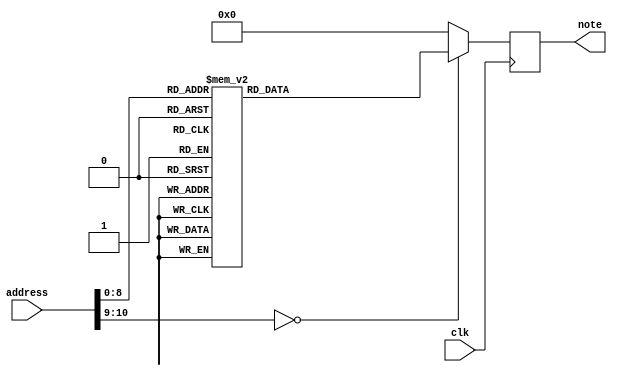
`timescale 1ns / 1ps
//////////////////////////////////////////////////////////////////////////////////
// Company: 
// Engineer: 
// 
// Design Name: 
// Module Name:    rom 
// Project Name: 
// Target Devices: 
// Tool versions: 
// Description: 
//
// Dependencies: 
//
// Revision: 
// Revision 0.01 - File Created
// Additional Comments: 
//
//////////////////////////////////////////////////////////////////////////////////
module ROM1(
	input clk,
	input [10:0] address,
	output reg [10:0] note
);

always @(posedge clk)
case(address)
    //B
    0:note <= 34;
    1:note <= 34;
    2:note <= 34;
    3:note <= 34;
    //E
    4:note <= 39;
    5:note <= 39;
    6:note <= 39;
    7:note <= 39;
    8:note <= 39;
    9:note <= 39;
    //G
    10:note <= 42;
    11:note <= 42;
    //F#
    12:note <= 41;
    13:note <= 41;
    14:note <= 41;
    15:note <= 41;
    //E
    16:note <= 39;
    17:note <= 39;
    18:note <= 39;
    19:note <= 39;
    20:note <= 39;
    21:note <= 39;
    22:note <= 39;
    23:note <= 39;
    //B
    24:note <= 46;
    25:note <= 46;
    26:note <= 46;
    27:note <= 46;
    //A
    28:note <= 44;
    29:note <= 44;
    30:note <= 44;
    31:note <= 44;
    32:note <= 44;
    33:note <= 44;
    34:note <= 44;
    35:note <= 44;
    36:note <= 44;
    37:note <= 44;
    38:note <= 44;
    39:note <= 44;
    //F#
    40:note <= 41;
    41:note <= 41;
    42:note <= 41;
    43:note <= 41;
    44:note <= 41;
    45:note <= 41;
    46:note <= 41;
    47:note <= 41;
    48:note <= 41;
    49:note <= 41;
    50:note <= 41;
    51:note <= 41;
    //E
    52:note <= 39;
    53:note <= 39;
    54:note <= 39;
    55:note <= 39;
    56:note <= 39;
    57:note <= 39;
    //G
    58:note <= 42;
    59:note <= 42;
    //F#
    60:note <= 41;
    61:note <= 41;
    62:note <= 41;
    63:note <= 41;
    //Eb
    64:note <= 38;
    65:note <= 38;
    66:note <= 38;
    67:note <= 38;
    68:note <= 38;
    69:note <= 38;
    70:note <= 38;
    71:note <= 38;
    //F
    72:note <= 40;
    73:note <= 40;
    74:note <= 40;
    75:note <= 40;
    //B
    76:note <= 34;
    77:note <= 34;
    78:note <= 34;
    79:note <= 34;
    80:note <= 34;
    81:note <= 34;
    82:note <= 34;
    83:note <= 34;
    84:note <= 34;
    85:note <= 34;
    86:note <= 34;
    87:note <= 34;
    //START OF PHRASE 2
    88:note <= 0;
    89:note <= 0;
    //B
    90:note <= 34;
    91:note <= 34;
    92:note <= 34;
    93:note <= 34;
    //E
    94:note <= 39;
    95:note <= 39;
    96:note <= 39;
    97:note <= 39;
    98:note <= 39;
    99:note <= 39;
    //G
    100:note <= 42;
    101:note <= 42;
    //F#
    102:note <= 41;
    103:note <= 41;
    104:note <= 41;
    105:note <= 41;
    //E
    106:note <= 39;
    107:note <= 39;
    108:note <= 39;
    109:note <= 39;
    110:note <= 39;
    111:note <= 39;
    112:note <= 39;
    113:note <= 39;
    //B
    114:note <= 46;
    115:note <= 46;
    116:note <= 46;
    117:note <= 46;
    //D
    118:note <= 49;
    119:note <= 49;
    120:note <= 49;
    121:note <= 49;
    122:note <= 49;
    123:note <= 49;
    124:note <= 49;
    125:note <= 49;
    //Db
    126:note <= 48;
    127:note <= 48;
    128:note <= 48;
    129:note <= 48;
    //C
    131:note <= 47;
    132:note <= 47;
    133:note <= 47;
    134:note <= 47;
    135:note <= 47;
    136:note <= 47;
    137:note <= 47;
    138:note <= 47;
    //Ab
    139:note <= 43;
    140:note <= 43;
    141:note <= 43;
    142:note <= 43;
    //C
    143:note <= 47;
    144:note <= 47;
    145:note <= 47;
    146:note <= 47;
    147:note <= 47;
    148:note <= 47;
    //B
    149:note <= 46;
    150:note <= 46;
    //Bb
    151:note <= 45;
    152:note <= 45;
    153:note <= 45;
    154:note <= 45;
    //Bb
    155:note <= 34;
    156:note <= 34;
    157:note <= 34;
    158:note <= 34;
    159:note <= 34;
    160:note <= 34;
    161:note <= 34;
    162:note <= 34;
    //G
    163:note <= 42;
    164:note <= 42;
    165:note <= 42;
    166:note <= 42;
    //E
    167:note <= 39;
    168:note <= 39;
    169:note <= 39;
    170:note <= 39;
    171:note <= 39;
    172:note <= 39;
    173:note <= 39;
    174:note <= 39;
    //START OF PHRASE 3
    //G
    175:note <= 42;
    176:note <= 42;
    177:note <= 42;
    178:note <= 42;
    //B
    179:note <= 46;
    180:note <= 46;
    181:note <= 46;
    182:note <= 46;
    183:note <= 46;
    184:note <= 46;
    185:note <= 46;
    186:note <= 46;
    //G
    187:note <= 42;
    188:note <= 42;
    189:note <= 42;
    190:note <= 42;
    //B
    191:note <= 46;
    192:note <= 46;
    193:note <= 46;
    194:note <= 46;
    195:note <= 46;
    196:note <= 46;
    197:note <= 46;
    198:note <= 46;
    //G
    199:note <= 42;
    200:note <= 42;
    201:note <= 42;
    202:note <= 42;
    //C
    203:note <= 47;
    204:note <= 47;
    205:note <= 47;
    206:note <= 47;
    207:note <= 47;
    208:note <= 47;
    209:note <= 47;
    210:note <= 47;
    //B
    211:note <= 46;
    212:note <= 46;
    213:note <= 46;
    214:note <= 46;
    //Bb
    215:note <= 45;
    216:note <= 45;
    217:note <= 45;
    218:note <= 45;
    219:note <= 45;
    220:note <= 45;
    221:note <= 45;
    222:note <= 45;
    //Gb
    223:note <= 41;
    224:note <= 41;
    225:note <= 41;
    226:note <= 41;
    //G
    227:note <= 42;
    228:note <= 42;
    229:note <= 42;
    230:note <= 42;
    231:note <= 42;
    232:note <= 42;
    //B
    233:note <= 46;
    234:note <= 46;
    //Bb
    235:note <= 45;
    236:note <= 45;
    //Bb
    237:note <= 33;
    238:note <= 33;
    239:note <= 33;
    240:note <= 33;
    //B
    241:note <= 34;
    242:note <= 34;
    243:note <= 34;
    244:note <= 34;
    //B
    245:note <= 46;
    246:note <= 46;
    247:note <= 46;
    248:note <= 46;
    249:note <= 46;
    250:note <= 46;
    251:note <= 46;
    252:note <= 46;
    253:note <= 46;
    254:note <= 46;
    255:note <= 46;
    256:note <= 46;
    257:note <= 46;
    258:note <= 46;
    259:note <= 46;
    260:note <= 46;
    261:note <= 46;
    262:note <= 46;
    263:note <= 46;
    264:note <= 46;
    //START OF PHRASE 4
    //G
    265:note <= 42;
    266:note <= 42;
    267:note <= 42;
    268:note <= 42;
    //B
    269:note <= 46;
    270:note <= 46;
    271:note <= 46;
    272:note <= 46;
    273:note <= 46;
    274:note <= 46;
    275:note <= 46;
    276:note <= 46;
    //G
    277:note <= 42;
    278:note <= 42;
    279:note <= 42;
    280:note <= 42;
    //B
    281:note <= 46;
    282:note <= 46;
    283:note <= 46;
    284:note <= 46;
    285:note <= 46;
    286:note <= 46;
    287:note <= 46;
    288:note <= 46;
    //G
    289:note <= 42;
    290:note <= 42;
    291:note <= 42;
    292:note <= 42;
    //D
    293:note <= 49;
    294:note <= 49;
    295:note <= 49;
    296:note <= 49;
    297:note <= 49;
    298:note <= 49;
    299:note <= 49;
    300:note <= 49; 
    //Db
    301:note <= 48;
    302:note <= 48;
    303:note <= 48;
    304:note <= 48; 
    //C
    305:note <= 47;
    306:note <= 47;
    307:note <= 47;
    308:note <= 47;
    309:note <= 47;
    310:note <= 47;
    311:note <= 47;
    312:note <= 47;
    //Ab
    313:note <= 43;
    314:note <= 43;
    315:note <= 43;
    316:note <= 43;
    //C
    317:note <= 47;
    318:note <= 47;
    319:note <= 47;
    320:note <= 47;
    321:note <= 47;
    322:note <= 47;
    //B
    323:note <= 46;
    324:note <= 46;
    //Bb
    325:note <= 45;
    326:note <= 45;
    327:note <= 45;
    328:note <= 45;
    //Bb
    329:note <= 33;
    330:note <= 33;
    331:note <= 33;
    332:note <= 33;
    333:note <= 33;
    334:note <= 33;
    335:note <= 33;
    336:note <= 33;
    //G
    337:note <= 42;
    338:note <= 42;
    339:note <= 42;
    340:note <= 42;
    //E
    341:note <= 39;
    342:note <= 39;
    343:note <= 39;
    344:note <= 39;
    345:note <= 39;
    346:note <= 39;
    347:note <= 39;
    348:note <= 39;
    349:note <= 39;
    350:note <= 39;
    351:note <= 39;
    352:note <= 39;
    353:note <= 39;
    354:note <= 39;
    355:note <= 39;
    356:note <= 39;
    357:note <= 39;
    358:note <= 39;
    359:note <= 39;
    360:note <= 39;
    361:note <= 39;
    362:note <= 39;
    363:note <= 39;
    364:note <= 39;
	default: note <= 8'd0;
endcase
endmodule

module ROM2(
	input clk,
	input [10:0] address,
	output reg [10:0] note
);

always @(posedge clk)
case(address)
    //A 44
    0:note <= 44;
    1:note <= 44;
    2:note <= 44;
    3:note <= 44;
    //G 42
    4:note <= 42;
    5:note <= 42;
    6:note <= 42;
    7:note <= 42;
    //F# 41
    8:note <= 41;
    9:note <= 41;
    10:note <= 41; 
    11:note <= 41;
    12:note <= 41;
    13:note <= 41;
    14:note <= 41; 
    15:note <= 41;
    //E 39
    16:note <= 39;
    17:note <= 39;
    //F# 41
    18:note <= 41;
    19:note <= 41;
    20:note <= 41;
    21:note <= 41;
    //E 39
    22:note <= 39;
    //C# 36
    23:note <= 36;
    //D 37
    24:note <= 37;
    25:note <= 37;
    //A 32
    26:note <= 32;
    27:note <= 32;
    //quarternote rest
    28:note<= 0;
    29:note<= 0;
    30:note<= 0;
    31:note<= 0;
    //A 44
    32:note <= 44;
    33:note <= 44;
    34:note <= 44;
    35:note <= 44;
    //G 42
    36:note <= 42;
    37:note <= 42;
    38:note <= 42;
    39:note <= 42;
    //F# 41
    40:note <= 41;
    41:note <= 41;
    42:note <= 41;
    43:note <= 41;
    44:note <= 41;
    45:note <= 41;
    46:note <= 41;
    47:note <= 41;
    //E 39
    48:note <= 39;
    49:note <= 39;
    //F# 41
    50:note <= 41;
    51:note <= 41;
    52:note <= 41;
    53:note <= 41;
    //E 39
    54:note <= 39;
    //C# 36
    55:note <= 36;
    //D 37
    56:note <= 37;
    57:note <= 37;
    58:note <= 37;
    59:note <= 37;
    //quarternote rest
    //FIRST ENDING
    //B 46
    60:note <= 46;
    61:note <= 46;
    62:note <= 46;
    63:note <= 46;
    //A 44
    64:note <= 44;
    65:note <= 44;
    66:note <= 44;
    67:note <= 44;
    //G 42
    68:note <= 42;
    69:note <= 42;
    70:note <= 42;
    71:note <= 42;
    72:note <= 42;
    73:note <= 42;
    74:note <= 42;
    75:note <= 42;
    //A 44
    76:note <= 44;
    77:note <= 44;
    //D 49
    78:note <= 49;
    79:note <= 49;
    //A 44
    80:note <= 44;
    81:note <= 44;
    //D 37
    82:note <= 37;
    83:note <= 37;
    //F# 41
    84:note <= 41;
    85:note <= 41;
    86:note <= 41;
    87:note <= 41;
    //E 39
    88:note <= 39;
    89:note <= 39;
    90:note <= 39;
    91:note <= 39;
    //A 44
    92:note <= 44;
    93:note <= 44;
    94:note <= 44;
    95:note <= 44;
    //eight note rest
    96:note <= 0;
    97:note <= 0;
    //G 42
    98:note <= 42;
    99:note <= 42;
    //F# 41
    100:note <= 41;
    101:note <= 41;
    102:note <= 41;
    103:note <= 41;
    //D 37
    104:note <= 37;
    105:note <= 37;
    106:note <= 37;
    107:note <= 37;
    //E 39
    108:note <= 39;
    109:note <= 39;
    110:note <= 39;
    111:note <= 39;
    112:note <= 39;
    113:note <= 39;
    114:note <= 39;
    115:note <= 39;
    116:note <= 39;
    117:note <= 39;
    118:note <= 39;
    119:note <= 39;
    //quarter note rest
    120:note <= 0;
    121:note <= 0;
    122:note <= 0;
    123:note <= 0;
    //FIRST REPEAT
    //A 44
    124:note <= 44;
    125:note <= 44;
    126:note <= 44;
    127:note <= 44;
    //G 42
    128:note <= 42;
    129:note <= 42;
    130:note <= 42;
    131:note <= 42;
    //F# 41
    132:note <= 41;
    133:note <= 41;
    134:note <= 41; 
    135:note <= 41;
    136:note <= 41;
    137:note <= 41;
    138:note <= 41; 
    139:note <= 41;
    //E 39
    140:note <= 39;
    141:note <= 39;
    //F# 41
    142:note <= 41;
    143:note <= 41;
    144:note <= 41;
    145:note <= 41;
    //E 39
    146:note <= 39;
    //C# 36
    147:note <= 36;
    //D 37
    148:note <= 37;
    149:note <= 37;
    //A 32
    150:note <= 32;
    151:note <= 32;
    //quarter note rest
    152: note <= 0;    
    153: note <= 0;
    154: note <= 0;
    155: note <= 0;
    //A 44
    156:note <= 44;
    157:note <= 44;
    158:note <= 44;
    159:note <= 44;
    //G 42
    160:note <= 42;
    161:note <= 42;
    162:note <= 42;
    163:note <= 42;
    //F# 41
    164:note <= 41;
    165:note <= 41;
    166:note <= 41;
    167:note <= 41;
    168:note <= 41;
    169:note <= 41;
    170:note <= 41;
    171:note <= 41;
    //E 39
    172:note <= 39;
    173:note <= 39;
    //F# 41
    174:note <= 41;
    175:note <= 41;
    176:note <= 41;
    177:note <= 41;
    //E 39
    178:note <= 39;
    //C# 36
    179:note <= 36;
    //D 37
    180:note <= 37;
    181:note <= 37;
    182:note <= 37;
    183:note <= 37;
    //SECOND ENDING
    //B 46
    184:note <= 46;
    185:note <= 46;
    186:note <= 46;
    187:note <= 46;
    //A 44
    188:note <= 44;
    189:note <= 44;
    190:note <= 44;
    191:note <= 44;
    //G
    192:note <= 42;
    193:note <= 42;
    194:note <= 42;
    195:note <= 42;
    //eight note rest
    196:note <= 0;
    197:note <= 0;
    //D 37
    198:note <= 37;
    199:note <= 37;
    //C# 48
    200:note <= 48;
    201:note <= 48;
    202:note <= 48;
    203:note <= 48;
    //B 46
    204:note <= 46;
    205:note <= 46;
    206:note <= 46;
    207:note <= 46;
    //A 44
    208:note <= 44;
    209:note <= 44;
    210:note <= 44;
    211:note <= 44;
    //D 37
    212:note <= 37;
    213:note <= 37;
    //D 49
    214:note <= 49;
    215:note <= 49;
    216:note <= 49;
    217:note <= 49;
    218:note <= 49;
    219:note <= 49;
    //C# 48
    220:note <= 48;
    221:note <= 48;
    //B 46
    222:note <= 46;
    223:note <= 46;
    224:note <= 46;
    225:note <= 46;   
    226:note <= 46;
    227:note <= 46;
    //F# 41
    228:note <= 41;
    229:note <= 41;
    //A
    230:note <= 44;
    231:note <= 44;   
    232:note <= 44;
    233:note <= 44;
    234:note <= 44;
    235:note <= 44;
    236:note <= 44;
    237:note <= 44;
    //eight note rest
    238:note <= 0;
    239:note <= 0;
    //B 46: And at last...
    240:note <= 46;
    241:note <= 46;
    //C# 48
    242:note <= 48;
    243:note <= 48;
    //D 49
    244:note <= 49;
    245:note <= 49;
    246:note <= 49;
    247:note <= 49;
    //G 42
    248:note <= 42;
    249:note <= 42;
    250:note <= 42;
    251:note <= 42;
    //rest to imitate articulation
    252:note <= 42;
    //G 42
    253:note <= 42;
    254:note <= 42;
    255:note <= 42;    
    256:note <= 42;
    257:note <= 42;
    258:note <= 42;
    //F# 41
    259:note <= 41;
    260:note <= 41;
    //A 44
    261:note <= 44;   
    262:note <= 44;
    263:note <= 44;
    264:note <= 44;
    265:note <= 44;
    266:note <= 44;
    267:note <= 44;
    268:note <= 44;
    //quarter note rest
    269:note <= 0;
    270:note <= 0;
    271:note <= 0;
    272:note <= 0;
    //D 37
    273:note <= 37;
    274:note <= 37;
    //E 39
    275:note <= 39;
    276:note <= 39;
    //sixteenth note rest to imitate articulation
    277:note <= 39;
    //E 39
    278:note <= 39;
    279:note <= 39;
    280:note <= 39;
    281:note <= 39;
    282:note <= 39;
    283:note <= 39;
    //sixteenth note rest to imitate articulation
    284:note <= 39;
    //E 39
    285:note <= 39;
    286:note <= 39;
    //A 44
    287:note <= 44;
    288:note <= 44;
    289:note <= 44;
    290:note <= 44;
    291:note <= 44;
    292:note <= 44;
    //G 42
    293:note <= 42;
    294:note <= 42;
    //G 42
    295:note <= 42;
    296:note <= 42;
    297:note <= 42;
    298:note <= 42;
    //F# 41
    299:note <= 41;
	 300:note <= 41;
    301:note <= 41;
    302:note <= 41;
    303:note <= 41;
    //quarter note rest
    304:note <= 0;
    305:note <= 0;
    306:note <= 0;
    307:note <= 0;
    //B 46
    308:note <= 46;
    309:note <= 46;
    //C# 48
    310:note <= 48;
    311:note <= 48;
    //D 49
    312:note <= 49;
    313:note <= 49;
    314:note <= 49;    
    315:note <= 49;
    //G 42
    316:note <= 42;
    317:note <= 42;
    318:note <= 42;
    319:note <= 42;
    //sixteenth note rest to imitate articulation
    320:note <= 42;
    //G 42    
    321:note <= 42;
    323:note <= 42;
    324:note <= 42;
    325:note <= 42;
    326:note <= 42;    
    327:note <= 42;
    //F# 41
    328:note <= 41;
    329:note <= 41;
    //A 44
    330:note <= 44;
    331:note <= 44;    
    332:note <= 44;
    333:note <= 44;
    334:note <= 44;
    335:note <= 44;
    336:note <= 44;
    337:note <= 44;
    //quarter note rest    
    338:note <= 0;
    339:note <= 0;
    340:note <= 0;
    341:note <= 0;
    //D 37
    342:note <= 37;
    343:note <= 37;
    //E 39
    344:note <= 39;
    345:note <= 39;
    //F# 41
    346:note <= 41;
    347:note <= 41;
    348:note <= 41;
    349:note <= 41;
    350:note <= 41;
    351:note <= 41;
    //G 42
    352:note <= 42;
    353:note <= 42;
    //F# 41
    354:note <= 41;
    355:note <= 41;
    356:note <= 41;
    357:note <= 41;
    358:note <= 41;
    359:note <= 41;
    //E 39
    360:note <= 39;
    361:note <= 39;
    //D 37
    362:note <= 37;
    363:note <= 37;
    364:note <= 37;
    365:note <= 37;
    366:note <= 37;
    367:note <= 37;
    367:note <= 37;
    368:note <= 37;
    //quarter note rest
    369:note <= 0;
    370:note <= 0; 
    371:note <= 0; 
    372:note <= 0;
    
	 /*
	 //B 46
    373:note <= 47;
    374:note <= 46;
    //C# 48
    375:note <= 48;
    376:note <= 48;
    //D 49
    377:note <= 49;
    378:note <= 49;
    379:note <= 49;
    380:note <= 49;
    381:note <= 49;
    382:note <= 49;
    //G 42
    383:note <= 42;
    384:note <= 42;
    //sixteenth note rest to imitate articulation
    385:note <= 42;
    //G
    386:note <= 42;
    387:note <= 42;
    388:note <= 42;
    389:note <= 42;
    //F# 41
    390:note <= 41;
    391:note <= 41;
    392:note <= 41;
    393:note <= 41;
    //A 44
    394:note <= 44;
    395:note <= 44;
    396:note <= 44;
    397:note <= 44;
    //D 37
    398:note <= 37;
    399:note <= 37;
    400:note <= 37;
    401:note <= 37;
    402:note <= 37;
    403:note <= 37;
    404:note <= 37;
    405:note <= 37;
    //quarter noter est
    406:note <= 0;
    407:note <= 0;
	 */
	 
    373:note <= 0;
    374:note <= 0;
    //rest
    375:note <= 0; 
    376:note <= 0;
    377:note <= 0;
    378:note <= 0;
    default: note <= 0;
endcase
endmodule